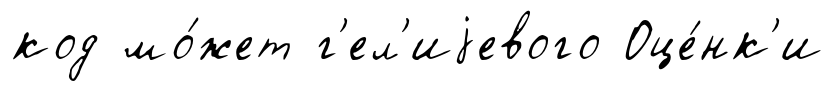
код мо́жет г'ел'иjевого Оце́нк'и